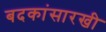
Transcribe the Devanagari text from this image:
बदकांसारखी